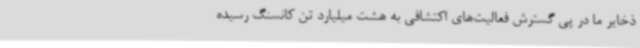
ذخایر ما در پی گسترش فعالیت‌های اکتشافی به هشت میلیارد تن کانسنگ رسیده